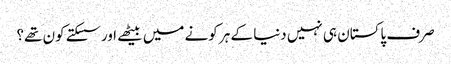
صرف پاکستان ہی نہیں دنیا کے ہر کونے میں بیٹھے اور سسکتے کون تھے؟